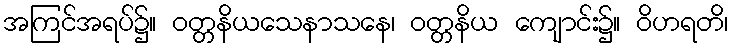
အကြင်အရပ်၌။ ဝတ္တနိယသေနာသနေ၊ ဝတ္တနိယ ကျောင်း၌။ ဝိဟရတိ၊